Report of the Municipal Commissioner on the plague in Bombay for the year ending 31st May... - Volume 3
Disease focus: Plague
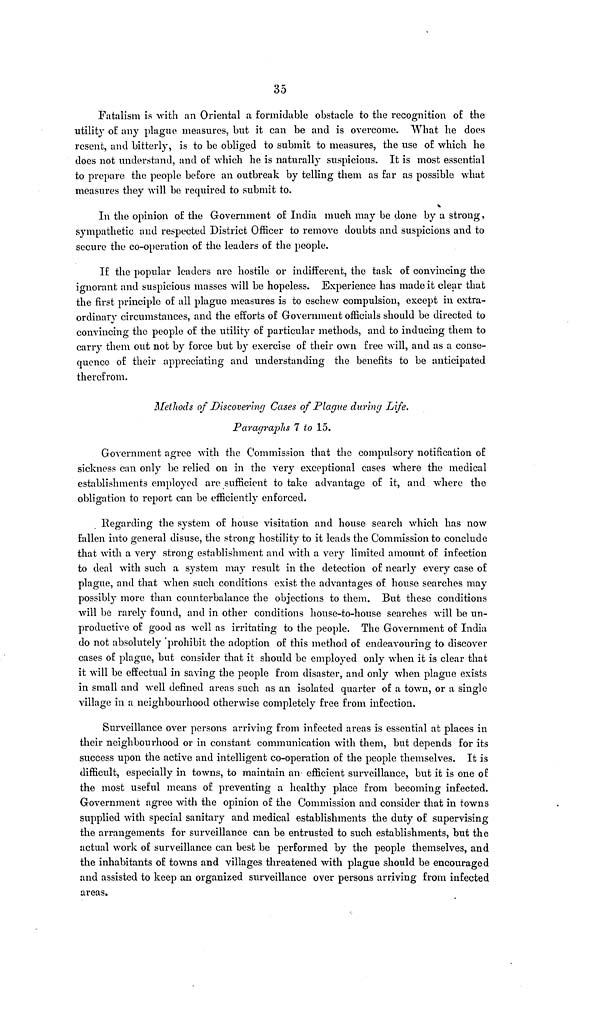
35
Fatalism is with an Oriental a formidable obstacle to the recognition of the
utility of any plague measures, but it can be and is overcome. What he does
resent, and bitterly, is to be obliged to submit to measures, the use of which he
does not understand, and of which he is naturally suspicious. It is most essential
to prepare the people before an outbreak by telling them as far as possible what
measures they will be required to submit to.
In the opinion of the Government of India much may be done by a strong,
sympathetic and respected District Officer to remove doubts and suspicions and to
secure the co-operation of the leaders of the people.
If the popular leaders are hostile or indifferent, the task of convincing the
ignorant and suspicious masses will be hopeless. Experience has made it clear that
the first principle of all plague measures is to eschew compulsion, except in extra-
ordinary circumstances, and the efforts of Government officials should be directed to
convincing the people of the utility of particular methods, and to inducing them to
carry them out not by force but by exercise of their own free will, and as a conse-
quence of their appreciating and understanding the benefits to be anticipated
therefrom.
Methods of Discovering Cases of Plague during Life.
Paragraphs 7 to 15.
Government agree with the Commission that the compulsory notification of
sickness can only be relied on in the very exceptional cases where the medical
establishments employed are sufficient to take advantage of it, and where the
obligation to report can be efficiently enforced.
Regarding the system of house visitation and house search which has now
fallen into general disuse, the strong hostility to it leads the Commission to conclude
that with a very strong establishment and with a very limited amount of infection
to deal with such a system may result in the detection of nearly every case of
plague, and that when such conditions exist the advantages of house searches may
possibly more than counterbalance the objections to them. But these conditions
will be rarely found, and in other conditions house-to-house searches will be un-
productive of good as well as irritating to the people. The Government of India
do not absolutely 'prohibit the adoption of this method of endeavouring to discover
cases of plague, but consider that it should be employed only when it is clear that
it will be effectual in saving the people from disaster, and only when plague exists
in small and well defined areas such as an isolated quarter of a town, or a single
village in a neighbourhood otherwise completely free from infection.
Surveillance over persons arriving from infected areas is essential at places in
their neighbourhood or in constant communication with them, but depends for its
success upon the active and intelligent co-operation of the people themselves. It is
difficult, especially in towns, to maintain an efficient surveillance, but it is one of
the most useful means of preventing a healthy place from becoming infected.
Government agree with the opinion of the Commission and consider that in towns
supplied with special sanitary and medical establishments the duty of supervising
the arrangements for surveillance can be entrusted to such establishments, but the
actual work of surveillance can best be performed by the people themselves, and
the inhabitants of towns and villages threatened with plague should be encouraged
and assisted to keep an organized surveillance over persons arriving from infected
areas.